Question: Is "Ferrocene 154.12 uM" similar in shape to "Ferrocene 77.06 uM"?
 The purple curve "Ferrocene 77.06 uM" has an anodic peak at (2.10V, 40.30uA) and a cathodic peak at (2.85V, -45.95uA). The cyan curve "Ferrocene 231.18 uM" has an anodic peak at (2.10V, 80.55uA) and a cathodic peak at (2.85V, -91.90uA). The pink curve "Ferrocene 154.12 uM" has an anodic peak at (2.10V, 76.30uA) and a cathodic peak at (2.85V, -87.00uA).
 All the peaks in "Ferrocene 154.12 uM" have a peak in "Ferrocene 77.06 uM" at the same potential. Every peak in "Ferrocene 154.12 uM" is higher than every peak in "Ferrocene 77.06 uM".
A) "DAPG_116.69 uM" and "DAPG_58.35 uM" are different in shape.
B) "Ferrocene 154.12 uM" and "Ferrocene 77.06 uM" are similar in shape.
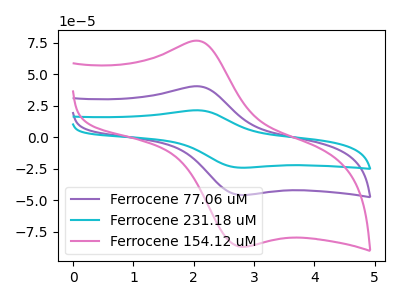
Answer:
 <answer>B) "Ferrocene 154.12 uM" and "Ferrocene 77.06 uM" are similar in shape.</answer>
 <eval>B</eval>